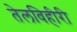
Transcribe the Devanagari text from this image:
तेलविहीरी